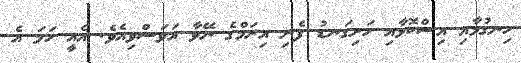
ހިނގުމާއި އިސްކޮޅާއި ހަށިގަނޑު ފެނި އިރަމްގެ ނޭވާ އަވަސްވިއެވެ. އެއީ ހަމަ އެ